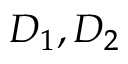
D _ { 1 } , D _ { 2 }